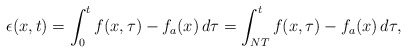
\begin{align*}\epsilon(x,t) = \int_0^t f(x,\tau) - f_a(x) \,d\tau = \int_{NT}^t f(x,\tau) - f_a(x) \,d\tau,\end{align*}